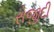
રોજીદી